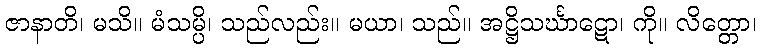
ဇာနာတိ၊ မသိ။ မံသမ္ပိ၊ သည်လည်း။ မယာ၊ သည်။ အဋ္ဌိသင်္ဃာဋော၊ ကို။ လိတ္တော၊